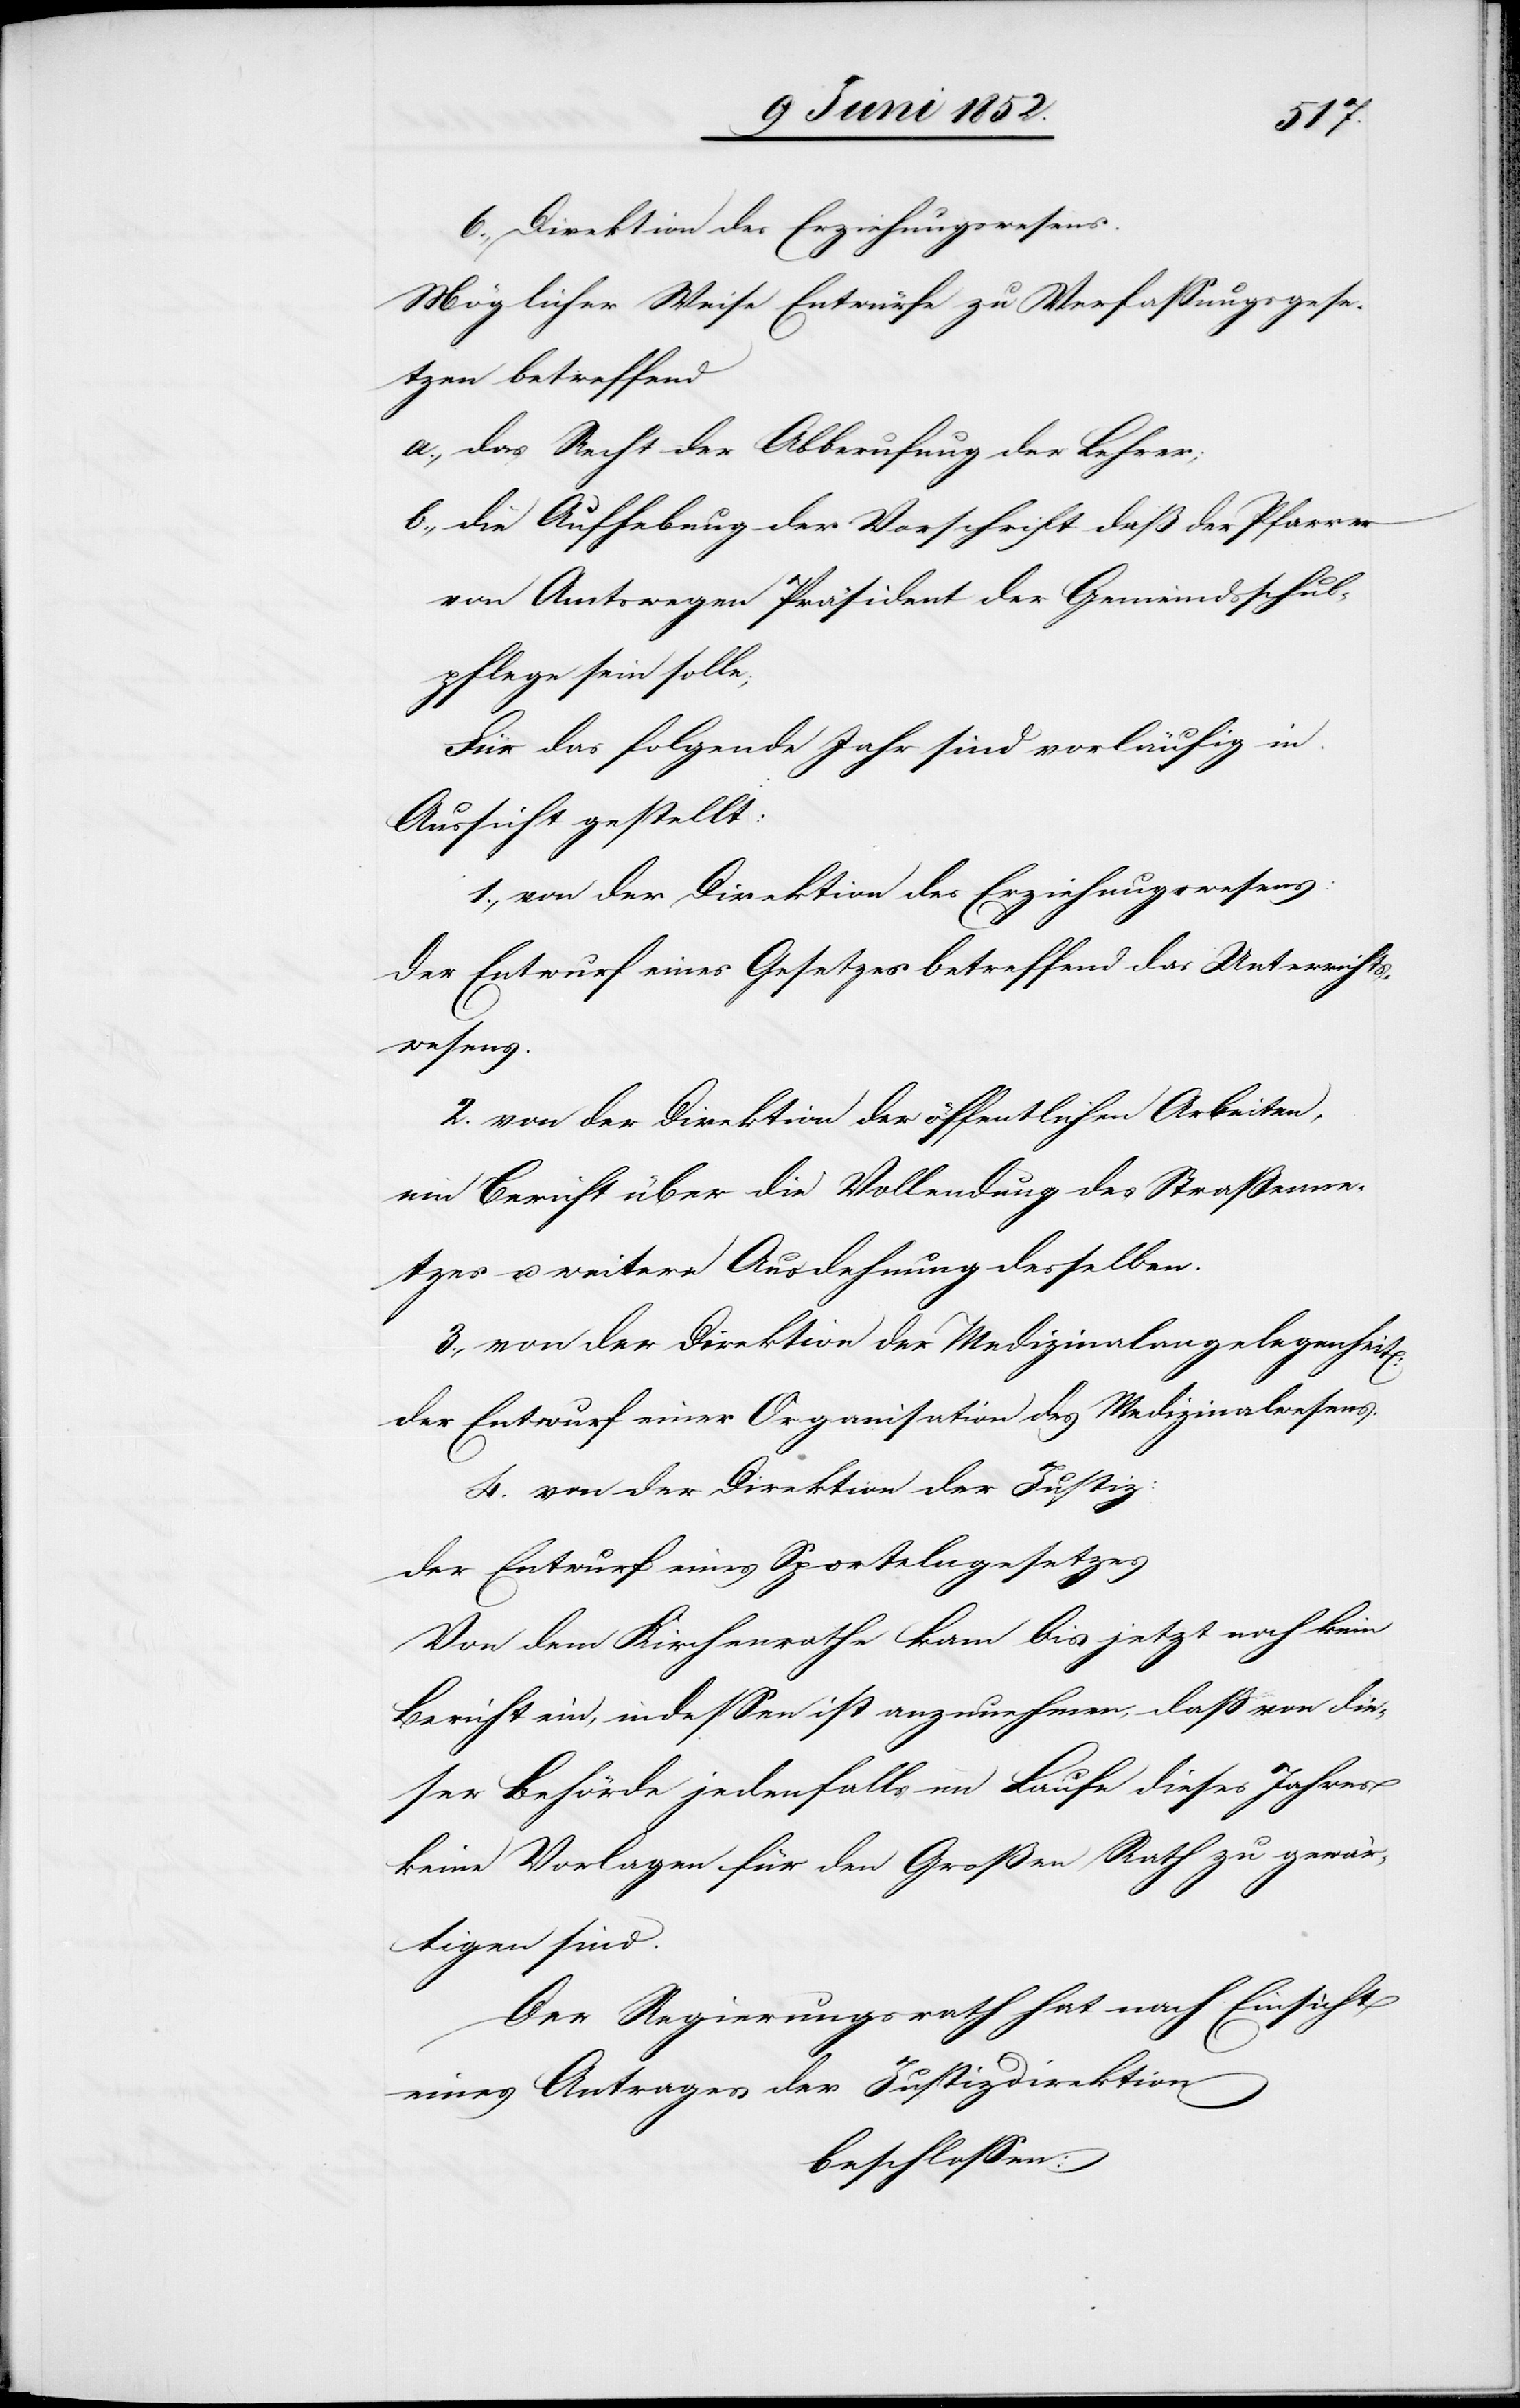
6., Direktion des Erziehungswesens.
Möglicher Weise Entwürfe zu Verfassungsgese¬
tzen betreffend
das Recht der Abberufung der Lehrer;
die Aufhebung der Vorschrift daß der Pfarrer
von Amtswegen Präsident der Gemeindsschul¬
pflege sein solle;
Für das folgende Jahr sind vorläufig in
Aussicht gestellt:
1., von der Direktion des Erziehungswesens:
Der Entwurf eines Gesetzes betreffend das Unterrichts¬
wesens
2. von der Direktion der öffentlichen Arbeiten,
ein Bericht über die Vollendung des Strassenne¬
tzes u. weitere Ausdehnung desselben.
3., von der Direktion der Medizinalangelegenheit[en]:
der Entwurf einer Organisation des Medizinalwesens.
4. von der Direktion der Justiz:
der Entwurf eines Sportelngesetzes
Von dem Kirchenrathe kam bis jetzt noch kein
Bericht ein, indessen ist anzunehmen, dass von die¬
ser Behörde jedenfalls im Laufe dieses Jahres
keine Vorlagen für den Großen Rath zu gewär¬
tigen sind.
Der Regierungsrath hat nach Einsicht
eines Antrages der Justizdirektion
beschlossen: